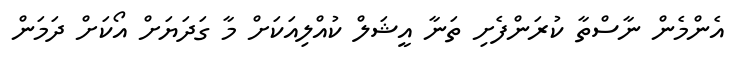
އެންމެން ނާސްތާ ކުރަންފެށި ތަނާ އީޝަލް ކުއްލިއަކަށް މާ ގަދަޔަށް އޯކަށް ދަމަން